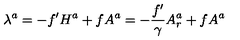
\lambda ^ { a } = - f ^ { \prime } H ^ { a } + f A ^ { a } = - { \frac { f ^ { \prime } } { \gamma } } A _ { r } ^ { a } + f A ^ { a }